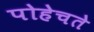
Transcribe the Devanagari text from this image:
पोहेचते